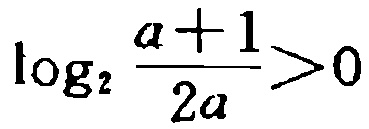
\(\log_{2}\frac{a + 1}{2a}>0\)